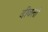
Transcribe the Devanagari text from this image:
दीवलों